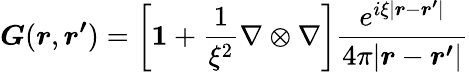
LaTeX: \boldsymbol{G}(\boldsymbol{r},\boldsymbol{r^{\prime}})=\left[\boldsymbol{1}+\frac{1}{\xi^{2}}\nabla\otimes\nabla\right]\frac{e^{i\xi|\boldsymbol{r}-\boldsymbol{r^{\prime}}|}}{4\pi|\boldsymbol{r}-\boldsymbol{r^{\prime}}|}